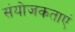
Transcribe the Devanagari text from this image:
संयोजकताएं